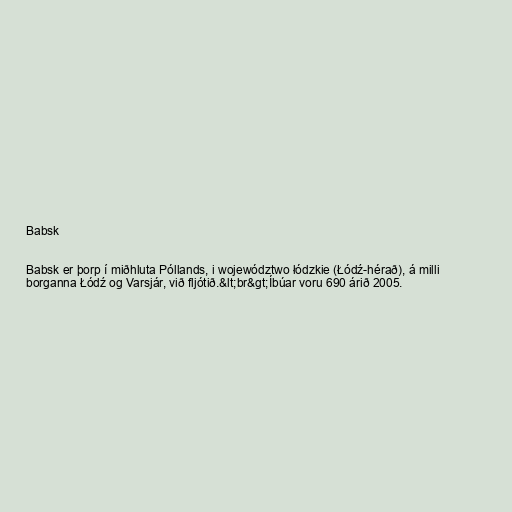
Babsk

Babsk er þorp í miðhluta Póllands, i województwo łódzkie (Łódź-hérað), á milli
borganna Łódź og Varsjár, við fljótið.&lt;br&gt;Íbúar voru 690 árið 2005.